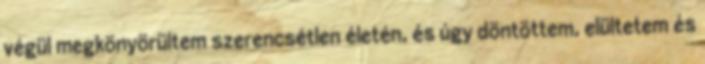
végül megkönyörültem szerencsétlen életén, és úgy döntöttem, elültetem és